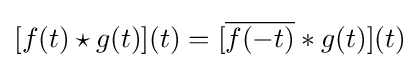
[f(t)\star g(t)](t)=[{\overline {f(-t)}}*g(t)](t)